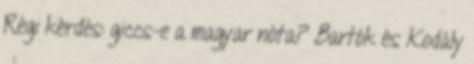
Régi kérdés: giccs-e a magyar nóta? Bartók és Kodály